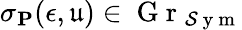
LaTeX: \mathbf{\sigma}_{\mathbf{P}}(\epsilon,\mathfrak{u})\in\mathrm{~G~r~}_{\mathcal{S}\mathrm{~y~m~}}